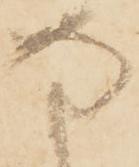
な